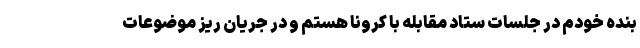
بنده خودم در جلسات ستاد مقابله با کرونا هستم و در جریان ریز موضوعات